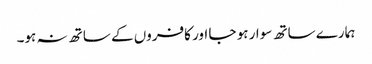
ہمارے ساتھ سوار ہو جا اور کافروں کے ساتھ نہ ہو۔